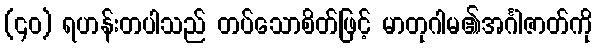
(၄၀) ရဟန်းတပါသည် တပ်သောစိတ်ဖြင့် မာတုဂါမ၏အင်္ဂါဇာတ်ကို